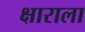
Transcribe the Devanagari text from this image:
क्षाराला